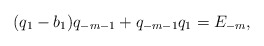
\begin{align*} (q_1-b_1)q_{-m-1}+q_{-m-1}q_1=E_{-m}, \end{align*}